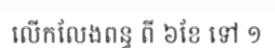
លើកលែងពន្ធ ពី ៦ខែ ទៅ ១